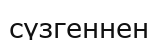
сүзгеннен